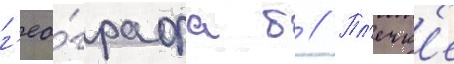
г'ео́графа б // Пл'ечк'е